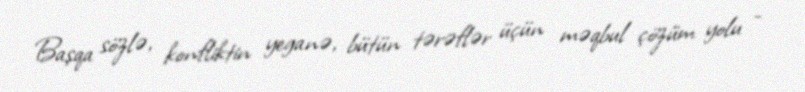
Başqa sözlə, konfliktin yeganə, bütün tərəflər üçün məqbul çözüm yolu -